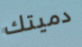
دميتك